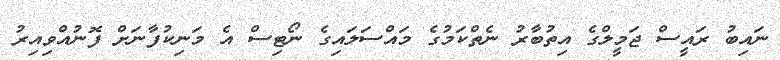
ނައިބު ރައީސް ޖަމީލްގެ އިތުބާރު ނެތްކަމުގެ މައްސަލައިގެ ނޯޓިސް އެ މަނިކުފާނަށް ފޮނުއްވިއިރު